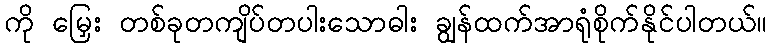
ကို မြှေး တစ်ခုတကျိပ်တပါးသောဓါး ချွန်ထက်အာရုံစိုက်နိုင်ပါတယ်။